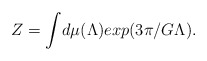
\begin{align*}Z = \int \! d\mu (\Lambda) exp(3 \pi /G \Lambda).\end{align*}